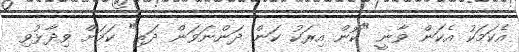
އެކަމަކު އެކަން ވާނީ "ކޮން އިރަކު ކަން ދަންނަވަން ދަތި" ކަމަށް ވިދާޅުވި